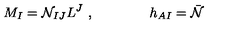
M _ { I } = { \cal { N } } _ { I J } L ^ { J } \ , \qquad \qquad h _ { A I } = { \bar { { \cal { N } } } }